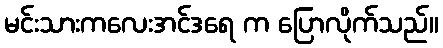
မင်းသားကလေးအင်ဒရေ က ပြောလိုက်သည်။